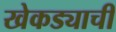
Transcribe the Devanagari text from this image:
खेकड्याची